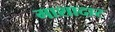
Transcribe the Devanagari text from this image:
माशादार